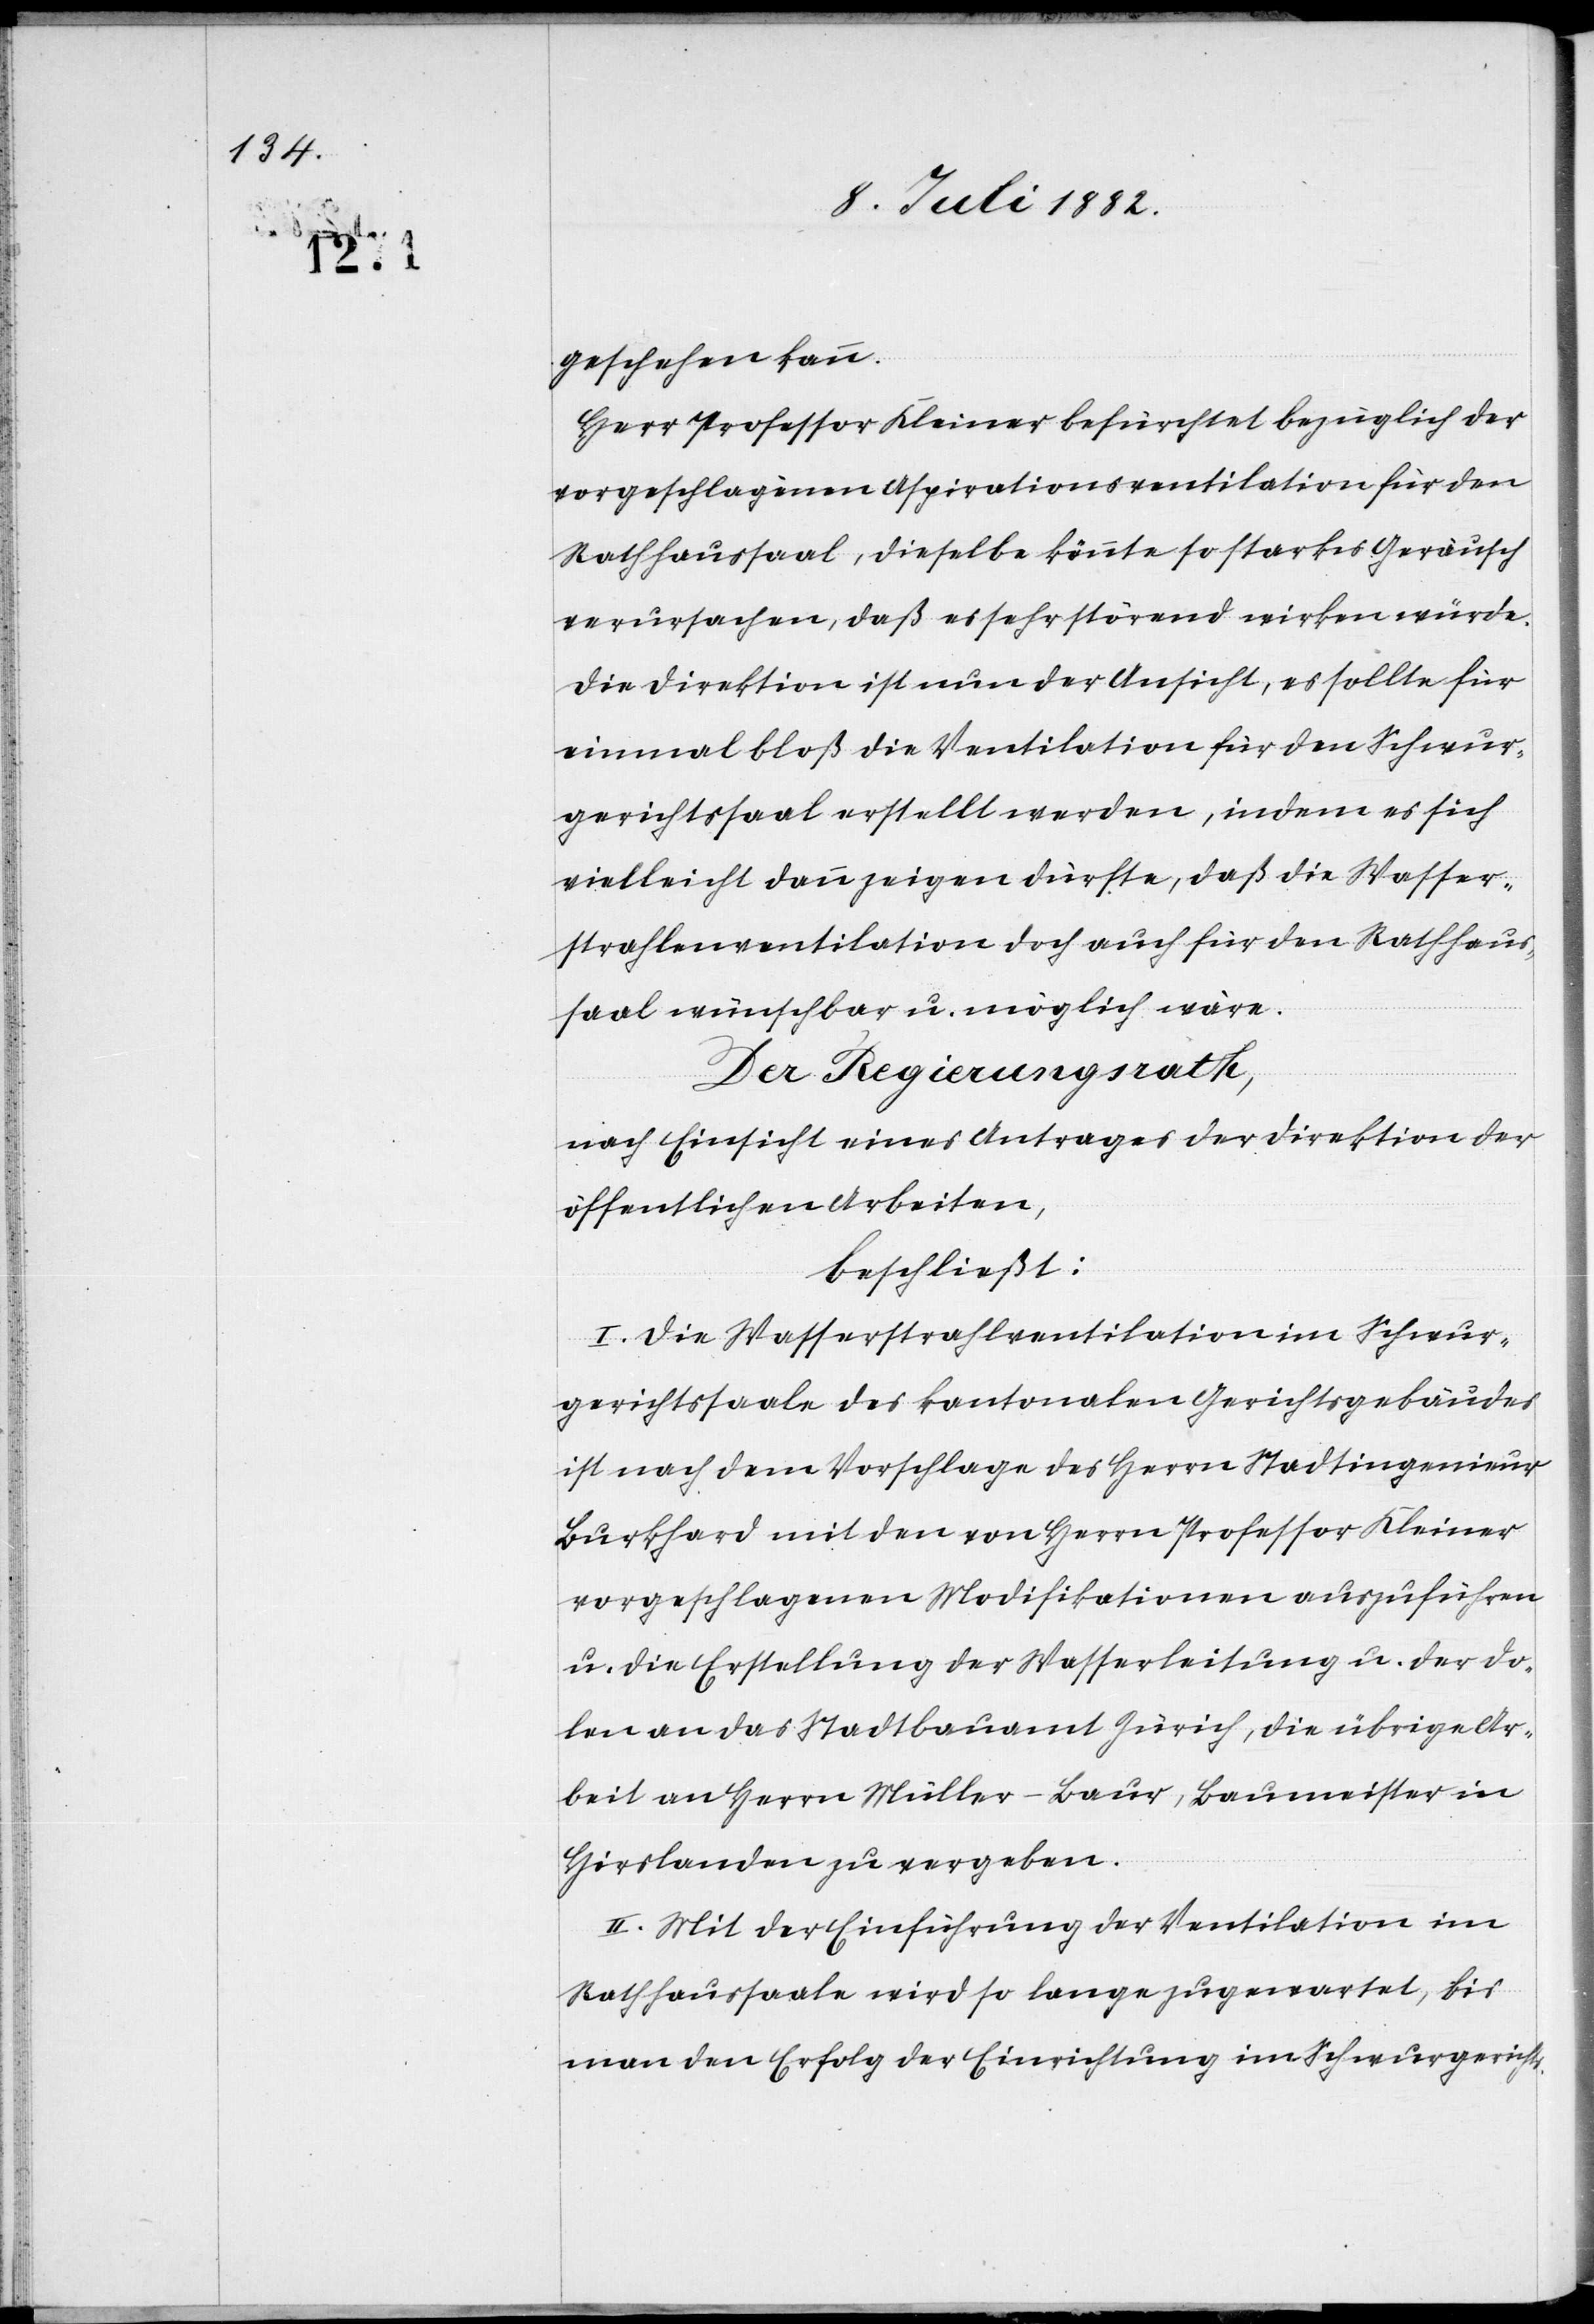
geschehen kann.
Herr Professor Kleiner befürchtet bezüglich der
vorgeschlagenen Aspirationsventilation für den
Rathhaussaal, dieselbe könnte so starkes Geräusch
verursachen, daß es sehr störend wirken würde.
Die Direktion ist nun der Ansicht, es sollte für
einmal bloß die Ventilation für den Schwur¬
gerichtssaal erstellt werden, indem es sich
vielleicht dann zeigen dürfte, daß die Wasser¬
strahlenventilation doch auch für den Rathhaus¬
saal wünschbar u. möglich wäre.
Der Regierungsrath,
nach Einsicht eines Antrages der Direktion der
öffentlichen Arbeiten,
beschließt:
I. Die Wasserstrahlenventilation im Schwur¬
gerichtssaale des kantonalen Gerichtsgebäudes
ist nach dem Vorschlage des Herrn Stadtingenieur
Burkhard mit den von Herrn Professor Kleiner
vorgeschlagenen Modifikationen auszuführen
u. die Erstellung der Wasserleitung u. der Do¬
len an das Stadtbauamt Zürich, die übrige Ar¬
beit an Herrn Müller-Baur, Baumeister in
Hirslanden zu vergeben.
II. Mit der Einführung der Ventilation im
Rathhaussaale wird so lange zugewartet, bis
man den Erfolg der Einrichtung im Schwurgerichts-